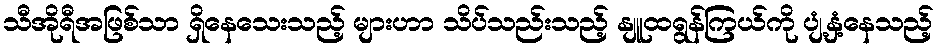
သီအိုရီအဖြစ်သာ ရှိနေသေးသည့် များဟာ သိပ်သည်းသည့် နျူထရွန်ကြယ်ကို ပျံ့နှံ့နေသည့်